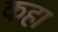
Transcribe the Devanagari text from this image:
कहा